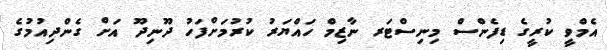
އެމްވީ ކުރީގެ ޑިފެންސް މިނިސްޓަރ ނާޒިމް ހައްޔަރު ކުރުމަށްފަހު ދޫނިދޫ އަށް ގެންދިއުމުގެ